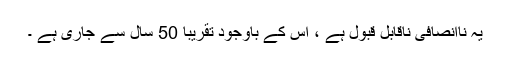
یہ ناانصافی ناقابل قبول ہے ، اس کے باوجود تقریباً 50 سال سے جاری ہے ۔